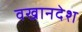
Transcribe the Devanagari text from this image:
वखानदेश